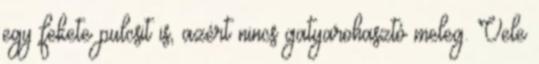
egy fekete pulcsit is, azért nincs gatyarohasztó meleg. Vele